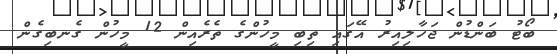
ބޯޓު ބަންޑުން ޖަހާލިއިރު އޭގައި ތިބި މީހުންގެ ތެރެއިން 12 މީހުން ގެނބިގެން